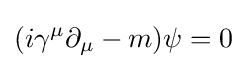
(i\gamma ^{\mu }\partial _{\mu }-m)\psi =0